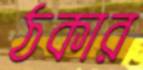
ঠকার